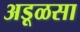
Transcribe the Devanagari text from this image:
अडूळसा